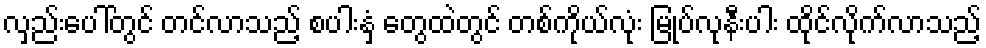
လှည်းပေါ်တွင် တင်လာသည့် စပါးနှံ တွေထဲတွင် တစ်ကိုယ်လုံး မြုပ်လုနီးပါး ထိုင်လိုက်လာသည့်